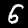
Digit: 6